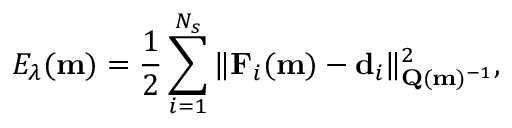
E _ { \lambda } ( \mathbf { m } ) = \frac 1 2 \sum _ { i = 1 } ^ { N _ { s } } \| \mathbf { F } _ { i } ( \mathbf { m } ) - \mathbf { d } _ { i } \| _ { \mathbf { Q } ( \mathbf { m } ) ^ { - 1 } } ^ { 2 } ,